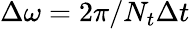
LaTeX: \Delta\omega=2\pi/N_{t}\Delta t